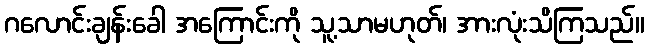
ဂလောင်းချန်းခေါ အကြောင်းကို သူ့သာမဟုတ်၊ အားလုံးသိကြသည်။